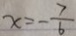
x = - \frac { 7 } { 6 }